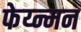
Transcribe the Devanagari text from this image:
फेय्न्मन